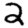
Digit: 2